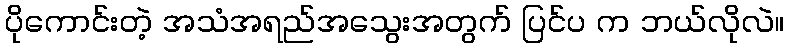
ပိုကောင်းတဲ့ အသံအရည်အသွေးအတွက် ပြင်ပ က ဘယ်လိုလဲ။